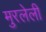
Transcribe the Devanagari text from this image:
मुरलेली